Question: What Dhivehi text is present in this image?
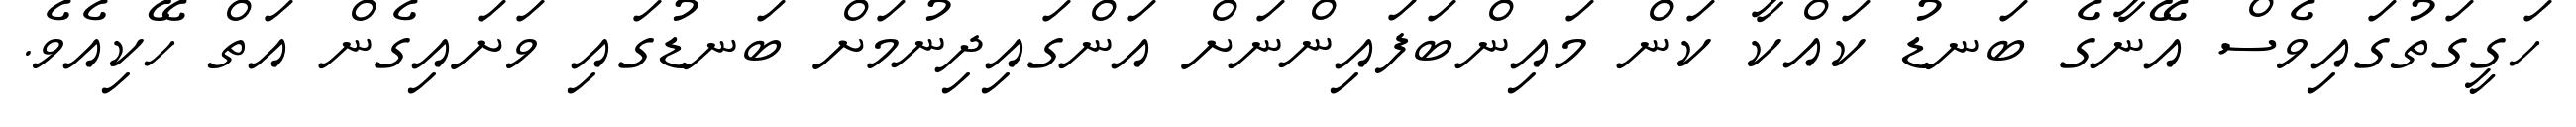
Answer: ހަގީގަތުގައިވެސް އޭނާގެ ބަނޑު ކައްކާ ކަން މައިންބަފައިންނަށް އަންގައިދިނުމަށް ބަނޑުގައި ވަށައިގެން އަތް ހޭކިއެވެ.